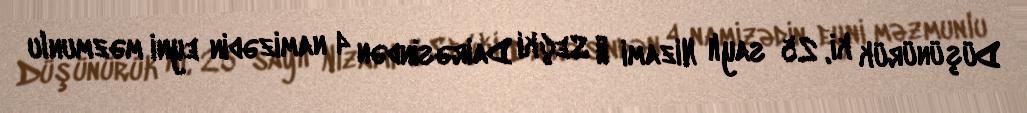
Düşünürük ki, 25 saylı Nizami II Seçki Dairəsindən 4 namizədin eyni məzmunlu